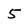
Character: 5